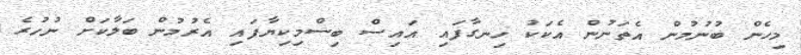
މިހެން ބުނުމުން އެތަނުން އެކަކު ހިނގާފައި އައިސް ބިސްމިކިޔާފައި އެރުމުން ބަލާކަށް ނުހުރެ